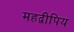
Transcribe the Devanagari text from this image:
महद्वीपिय